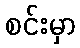
စင်းမှာ